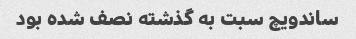
ساندویچ سبت به گذشته نصف شده بود